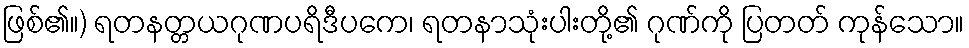
ဖြစ်၏။) ရတနတ္တယဂုဏပရိဒီပကေ၊ ရတနာသုံးပါးတို့၏ ဂုဏ်ကို ပြတတ် ကုန်သော။